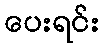
ပေးရင်း